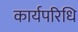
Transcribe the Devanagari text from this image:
कार्यपरिधि